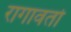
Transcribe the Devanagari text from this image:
रागावतो